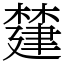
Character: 㯬